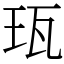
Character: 珁